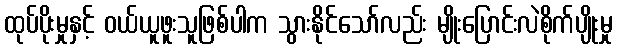
ထုပ်ပိုးမှုနှင့် ဝယ်ယူဖူးသူဖြစ်ပါက သွားနိုင်သော်လည်း မျိုးပြောင်းလဲစိုက်ပျိုးမှု